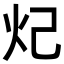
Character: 𬉺